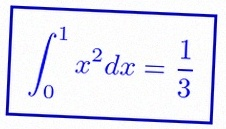
\int_0^1 x^2dx=\frac13